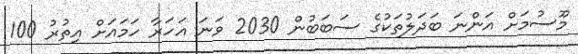
މޫސުމަށް އަންނަ ބަދަލުތަކުގެ ސަބަބުން 2030 ވަނަ އަހަރާ ހަމައަށް އިތުރު 100